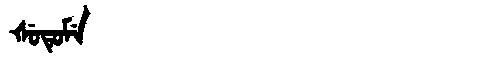
Manchu: ᡧᡠᡨᡠᠮᡝ
Romanization: ŠUTUME